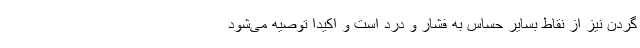
گردن نیز از نقاط بسایر حساس به فشار و درد است و اکیدا توصیه می‌شود